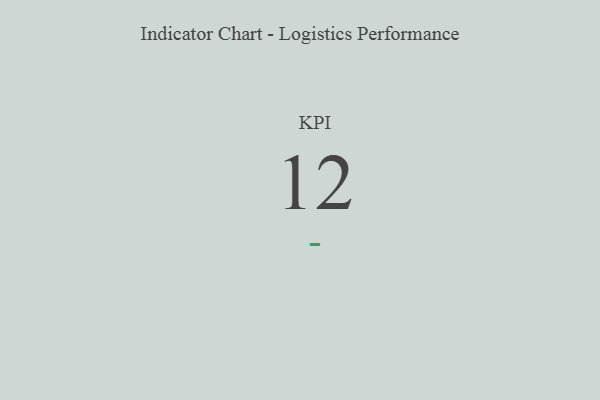
{"axis": {"x": "KPI", "y": "Value"}, "legend": [""], "data": [{"x": "KPI", "y": 12, "type": ""}]}